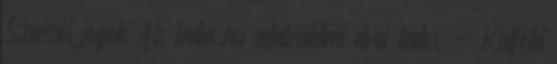
Szerzői jogok Az Index.hu adatvédelmi elvei Index - Külföld